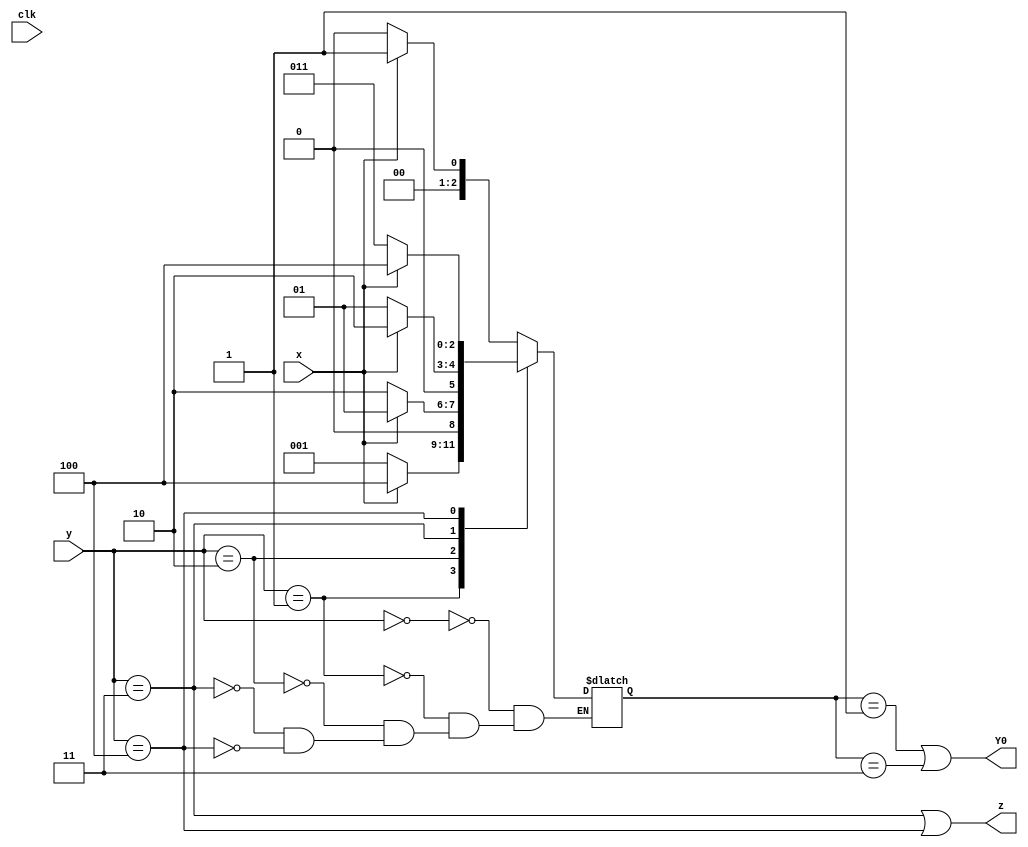
module top_module (
    input clk,
    input [2:0] y,
    input x,
    output Y0,
    output z
);

    parameter A = 0, B = 1, C = 2, D = 3, E = 4;
    reg [2:0] next_state;
    
    always @(*) begin
        case (y)
            A: next_state = x ? B : A;
            B: next_state = x ? E : B;
            C: next_state = x ? B : C;
            D: next_state = x ? C : B;
            E: next_state = x ? E : D;
        endcase 
    end
    assign z = (y == D) || (y == E);
    assign Y0 = (next_state == B) || (next_state == D);
endmodule